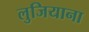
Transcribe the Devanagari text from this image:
लुजियाना